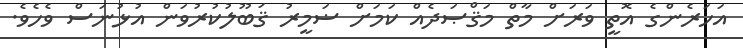
އަހަރެންގެ އޮތީ ވަރަށް މާތް މަޤްޞަދެއް ކަމަށް ޟަމީރު ޤަބޫލުކުރުވަން އުޅުނަސް ވެހެވެ.